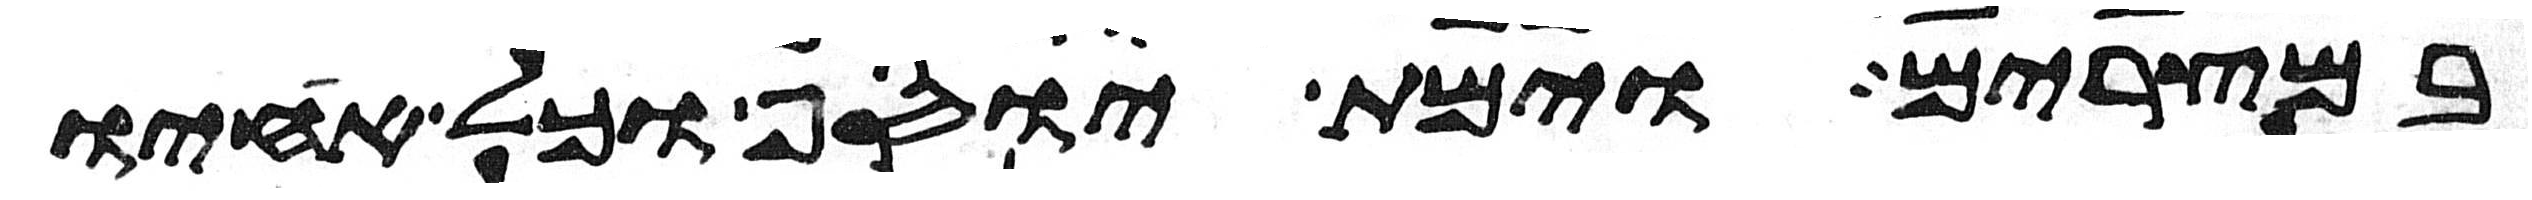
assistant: במצרים וימת יוסף וכל אחיו